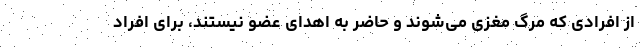
از افرادی که مرگ مغزی می‌شوند و حاضر به اهدای عضو نیستند، برای افراد